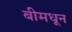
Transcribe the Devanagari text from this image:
बीमधून